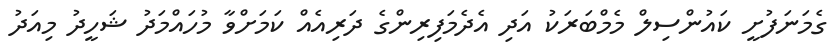
ގެމަނަފުށީ ކައުންސިލް މެމްބަރަކު އަދި އެދެމަފިރިންގެ ދަރިއެއް ކަމަށްވާ މުހައްމަދު ޝަހީދު މިއަދު